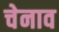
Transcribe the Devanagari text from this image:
चेनाव